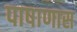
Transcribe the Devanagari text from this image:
पाषाणास